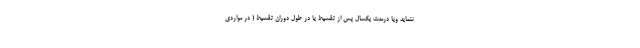
ننماید ویا درمدت یکسال پس از تقسیط یا در طول دوران تقسیط ( در مواردی